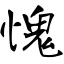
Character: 愧